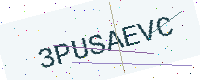
Text: 3PUSAEVC